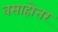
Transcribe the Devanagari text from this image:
वसाहोत्तर